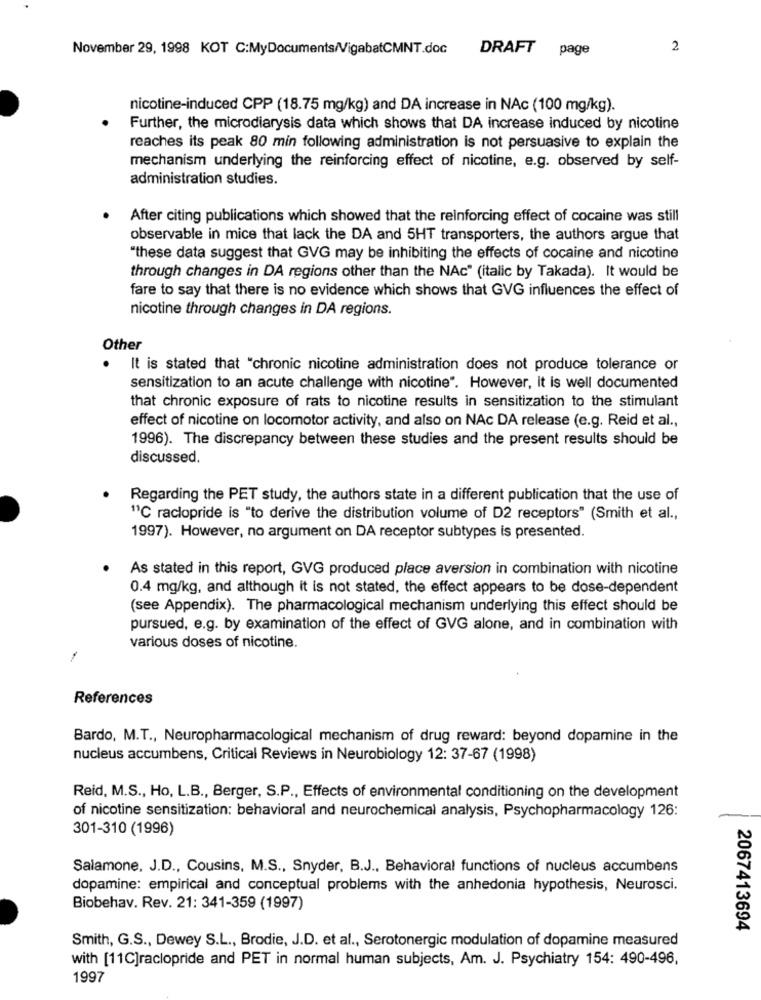
November 29, 1998 KOT C:MyDocuments/VigabatCMNT.doc
DRAFT page
2
nicotine-induced CPP (18.75 mg/kg) and DA increase in NAc (100 mg/kg).
Further, the microdiarysis data which shows that DA increase induced by nicotine
reaches its peak 80 min following administration is not persuasive to explain the
mechanism underlying the reinforcing effect of nicotine, e.g. observed by self-
administration studies.
After citing publications which showed that the reinforcing effect of cocaine was still
observable in mice that lack the DA and 5HT transporters, the authors argue that
"these data suggest that GVG may be inhibiting the effects of cocaine and nicotine
through changes in DA regions other than the NAc" (italic by Takada). It would be
fare to say that there is no evidence which shows that GVG influences the effect of
nicotine through changes in DA regions.
Other
It is stated that "chronic nicotine administration does not produce tolerance or
sensitization to an acute challenge with nicotine". However, it is well documented
that chronic exposure of rats to nicotine results in sensitization to the stimulant
effect of nicotine on locomotor activity, and also on NAc DA release (e.g. Reid et al .,
1996). The discrepancy between these studies and the present results should be
discussed.
Regarding the PET study, the authors state in a different publication that the use of
11℃ raclopride is "to derive the distribution volume of D2 receptors" (Smith et al .,
1997). However, no argument on DA receptor subtypes is presented.
As stated in this report, GVG produced place aversion in combination with nicotine
0.4 mg/kg, and although it is not stated, the effect appears to be dose-dependent
(see Appendix). The pharmacological mechanism underlying this effect should be
pursued, e.g. by examination of the effect of GVG alone, and in combination with
various doses of nicotine.
References
Bardo, M.T ., Neuropharmacological mechanism of drug reward: beyond dopamine in the
nucleus accumbens, Critical Reviews in Neurobiology 12: 37-67 (1998)
Reid, M.S ., Ho, L.B ., Berger, S.P ., Effects of environmental conditioning on the development
of nicotine sensitization: behavioral and neurochemical analysis, Psychopharmacology 126:
301-310 (1996)
Salamone, J.D ., Cousins, M.S ., Snyder, B.J ., Behavioral functions of nucleus accumbens
dopamine: empirical and conceptual problems with the anhedonia hypothesis, Neurosci.
Biobehav. Rev. 21: 341-359 (1997)
2067413694
Smith, G.S ., Dewey S.L ., Brodie, J.D. et al ., Serotonergic modulation of dopamine measured
with [11C]raclopride and PET in normal human subjects, Am. J. Psychiatry 154: 490-496,
1997